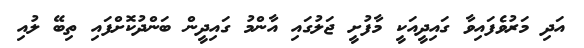
އަދި މަރުވެފައިވާ ގައިދީއަކީ މާފުށީ ޖަލުގައި އާންމު ގައިދީން ބަންދުކޮށްފައި ތިބޭ ލުއި